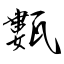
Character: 甊